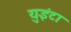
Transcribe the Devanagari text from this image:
युइंटा